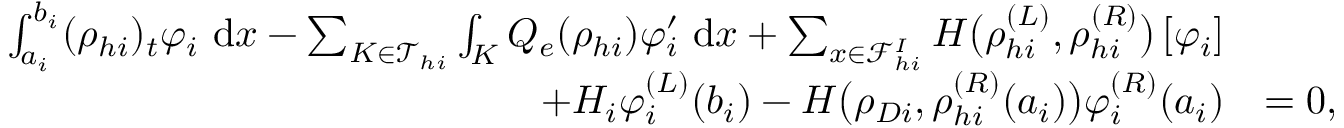
\begin{array} { r l } { \int _ { a _ { i } } ^ { b _ { i } } ( \rho _ { h i } ) _ { t } \varphi _ { i } \ \mathrm { d } x - \sum _ { K \in \mathcal { T } _ { h i } } \int _ { K } Q _ { e } ( \rho _ { h i } ) \varphi _ { i } ^ { \prime } \ \mathrm { d } x + \sum _ { x \in \mathcal { F } _ { h i } ^ { I } } H \big ( \rho _ { h i } ^ { ( L ) } , \rho _ { h i } ^ { ( R ) } \big ) \left[ \varphi _ { i } \right] } & { } \\ { + H _ { i } \varphi _ { i } ^ { ( L ) } ( b _ { i } ) - H \big ( \rho _ { D i } , \rho _ { h i } ^ { ( R ) } ( a _ { i } ) \big ) \varphi _ { i } ^ { ( R ) } ( a _ { i } ) } & { = 0 , } \end{array}